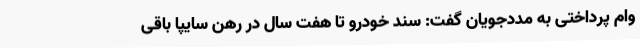
وام پرداختی به مددجویان گفت: سند خودرو تا هفت سال در رهن سایپا باقی